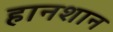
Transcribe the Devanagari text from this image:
हानशान